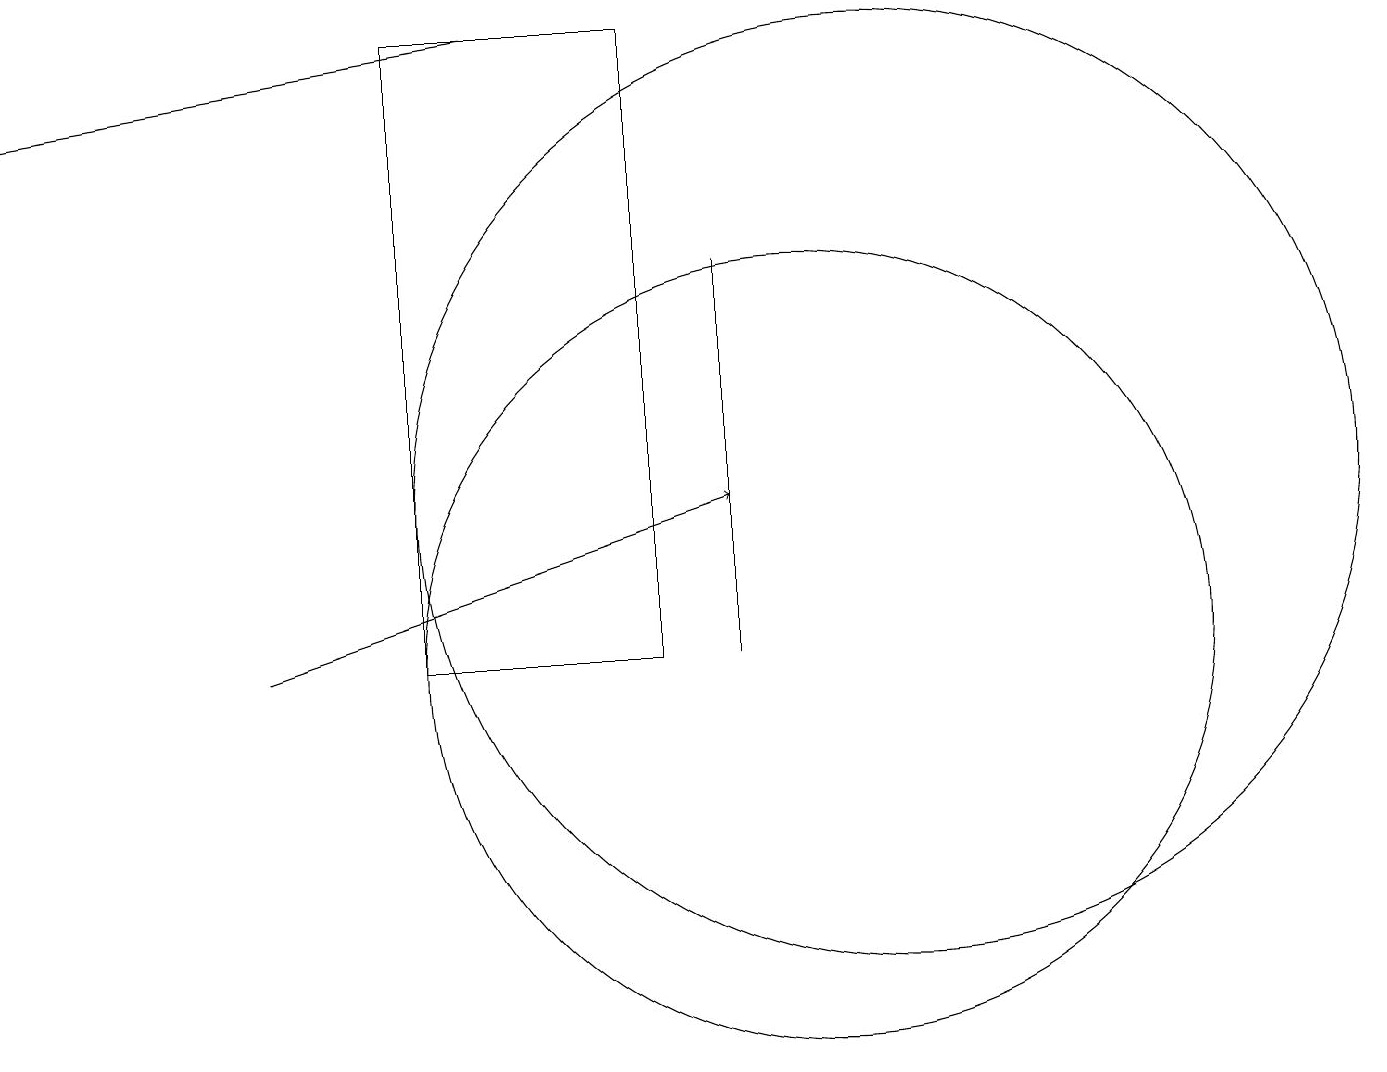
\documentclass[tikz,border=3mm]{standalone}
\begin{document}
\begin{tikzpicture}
\draw (9,10) rectangle (9,15);
\draw (11,12) circle (6);
\draw[->] (3,10) -- (9,12);
\draw (5,10) rectangle (8,18);
\draw (10,10) circle (5);
\draw[->] (6,18) -- (0,17);
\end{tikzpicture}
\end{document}